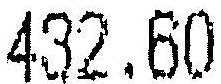
432.60